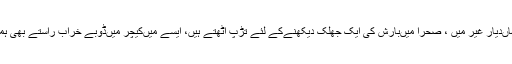
یہ نیچرل مناظر ہیں، ہم یہاں‌دیار غیر میں ، صحرا میں‌بارش کی ایک جھلک دیکھنےکے لئے تڑپ اٹھتے ہیں، ایسے میں‌کیچر میں‌ڈوبے خراب راستے بھی ہمیں‌جنت نشاں‌نظر آتے ہیں۔